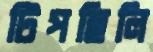
টিপছিলি